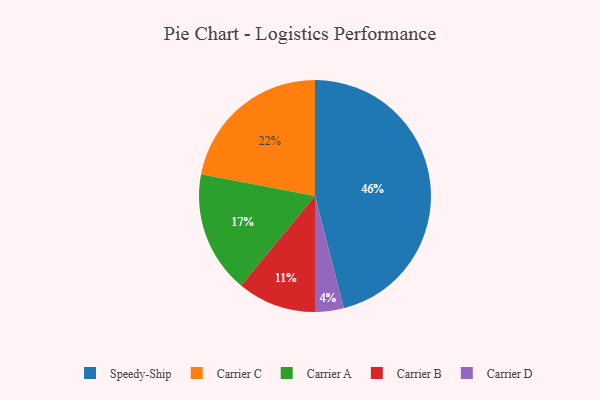
{"axis": {"x": "Category", "y": "Percentage"}, "legend": ["Carrier A", "Carrier B", "Carrier C", "Carrier D", "Speedy-Ship"], "data": [{"x": "Speedy-Ship", "y": 46, "type": "Speedy-Ship"}, {"x": "Carrier C", "y": 22, "type": "Carrier C"}, {"x": "Carrier D", "y": 4, "type": "Carrier D"}, {"x": "Carrier A", "y": 17, "type": "Carrier A"}, {"x": "Carrier B", "y": 11, "type": "Carrier B"}]}